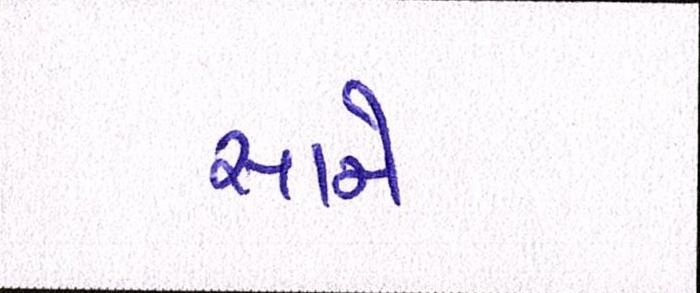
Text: સામે